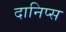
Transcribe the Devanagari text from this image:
दानिप्स